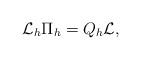
LaTeX: \begin{align*} \mathcal{L}_h\Pi_h = Q_h\mathcal{L}, \end{align*}